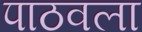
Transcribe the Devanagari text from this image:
पाठवला